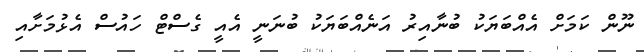
ނޫން ކަމަށް އެއްބަޔަކު ބުނާއިރު އަނެއްބަޔަކު ބުނަނީ އެއީ ގެސްޓް ހައުސް އެޅުމަށާއި